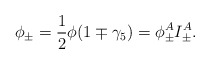
\begin{align*}\phi _{\pm }=\frac 12\phi (1\mp \gamma _5)=\phi _{\pm }^AI_{\pm }^A.\end{align*}